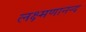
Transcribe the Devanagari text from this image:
लक्ष्मणानन्द